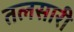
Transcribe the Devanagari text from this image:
तलसारी